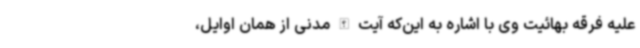
علیه فرقه بهائیت وی با اشاره به این‌که آیت الله مدنی از همان اوایل،